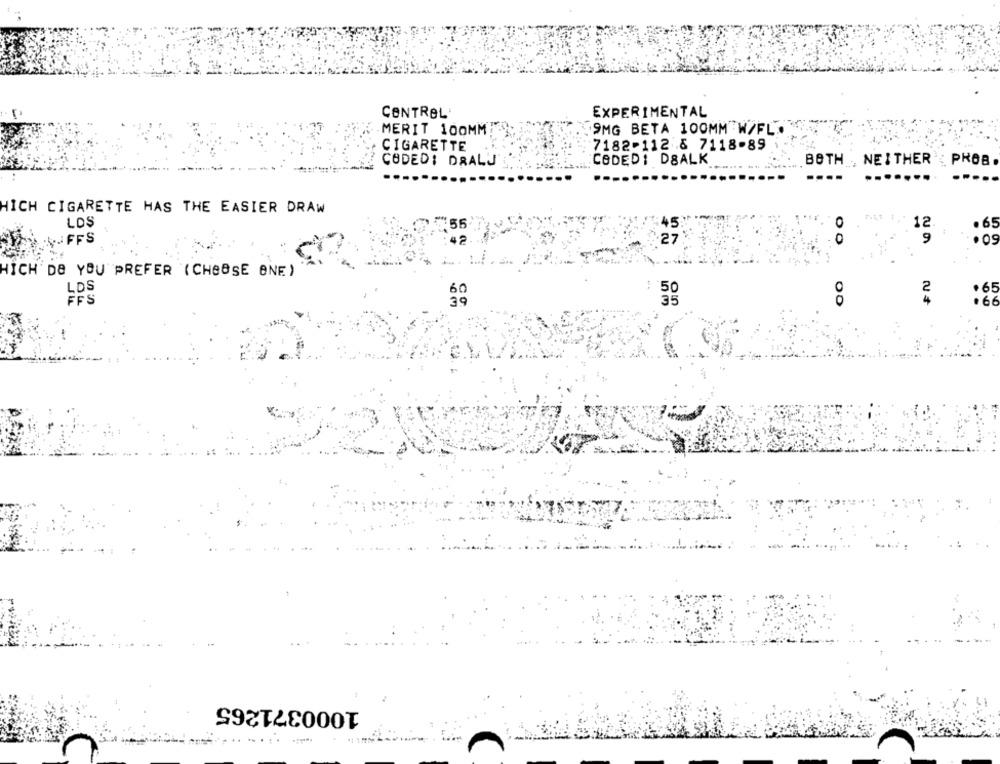
CONTROL'
EXPERIMENTAL
9MG BETA 100MM W/FL
MERIT 100MM
CIGARETTE
7182-112 8 7118-89
CODED: DSALK
CODED: DRALJ
BOTH ..
NEITHER : PROB.
HICH CIGARETTE HAS THE EASIER DRAW
LOS
12
65
9
$ FFS
. 0
HICH DE YOU PREFER (CHOOSE ONE )
LDS
+65
60
59
2
1000371265
... .